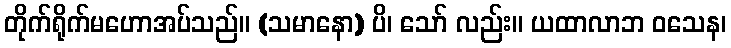
တိုက်ရိုက်မဟောအပ်သည်။ (သမာနော) ပိ၊ သော် လည်း။ ယထာလာဘ ဝသေန၊